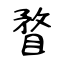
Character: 瞀